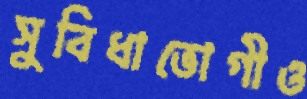
সুবিধাভোগীও